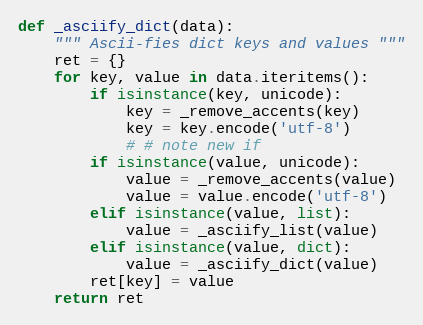
Language: Python
def _asciify_dict(data):
    """ Ascii-fies dict keys and values """
    ret = {}
    for key, value in data.iteritems():
        if isinstance(key, unicode):
            key = _remove_accents(key)
            key = key.encode('utf-8')
            # # note new if
        if isinstance(value, unicode):
            value = _remove_accents(value)
            value = value.encode('utf-8')
        elif isinstance(value, list):
            value = _asciify_list(value)
        elif isinstance(value, dict):
            value = _asciify_dict(value)
        ret[key] = value
    return ret